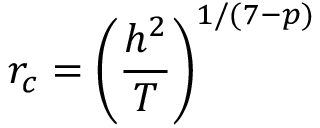
r _ { c } = \left( \frac { h ^ { 2 } } { T } \right) ^ { 1 / ( 7 - p ) }